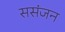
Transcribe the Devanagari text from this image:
ससंजन